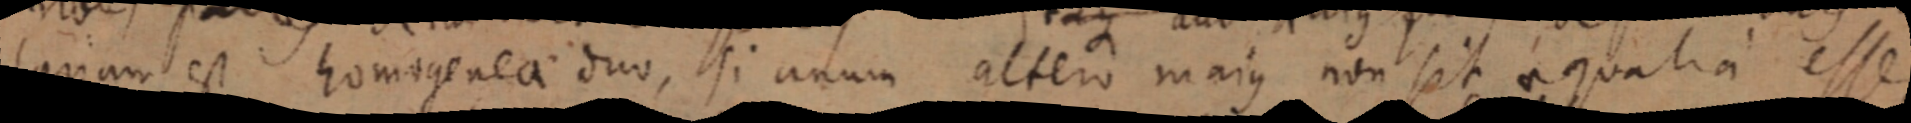
lanam est homogenea duo, si unum altero majus non sit aequalia esse